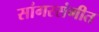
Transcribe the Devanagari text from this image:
सांगरसंगीत